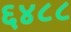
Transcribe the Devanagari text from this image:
६४८८